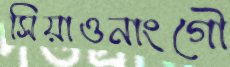
সিয়াওনাংগৌ